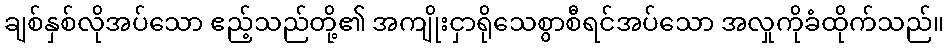
ချစ်နှစ်လိုအပ်သော ဧည့်သည်တို့၏ အကျိုးငှာရိုသေစွာစီရင်အပ်သော အလှုကိုခံထိုက်သည်။